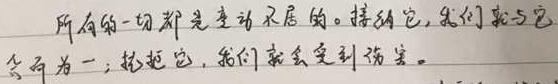
所有的一切都是变动不居的。接纳它，我们就与它合而为一；抗拒它，我们就会受到伤害。